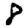
Digit: 8